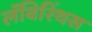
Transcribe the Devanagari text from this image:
लॅबिरिंथस